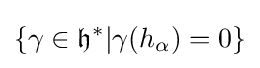
\{\gamma \in {\mathfrak {h}}^{*}|\gamma (h_{\alpha })=0\}